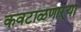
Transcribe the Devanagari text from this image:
कवटाळणाऱ्या